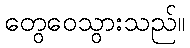
တွေဝေသွားသည်။